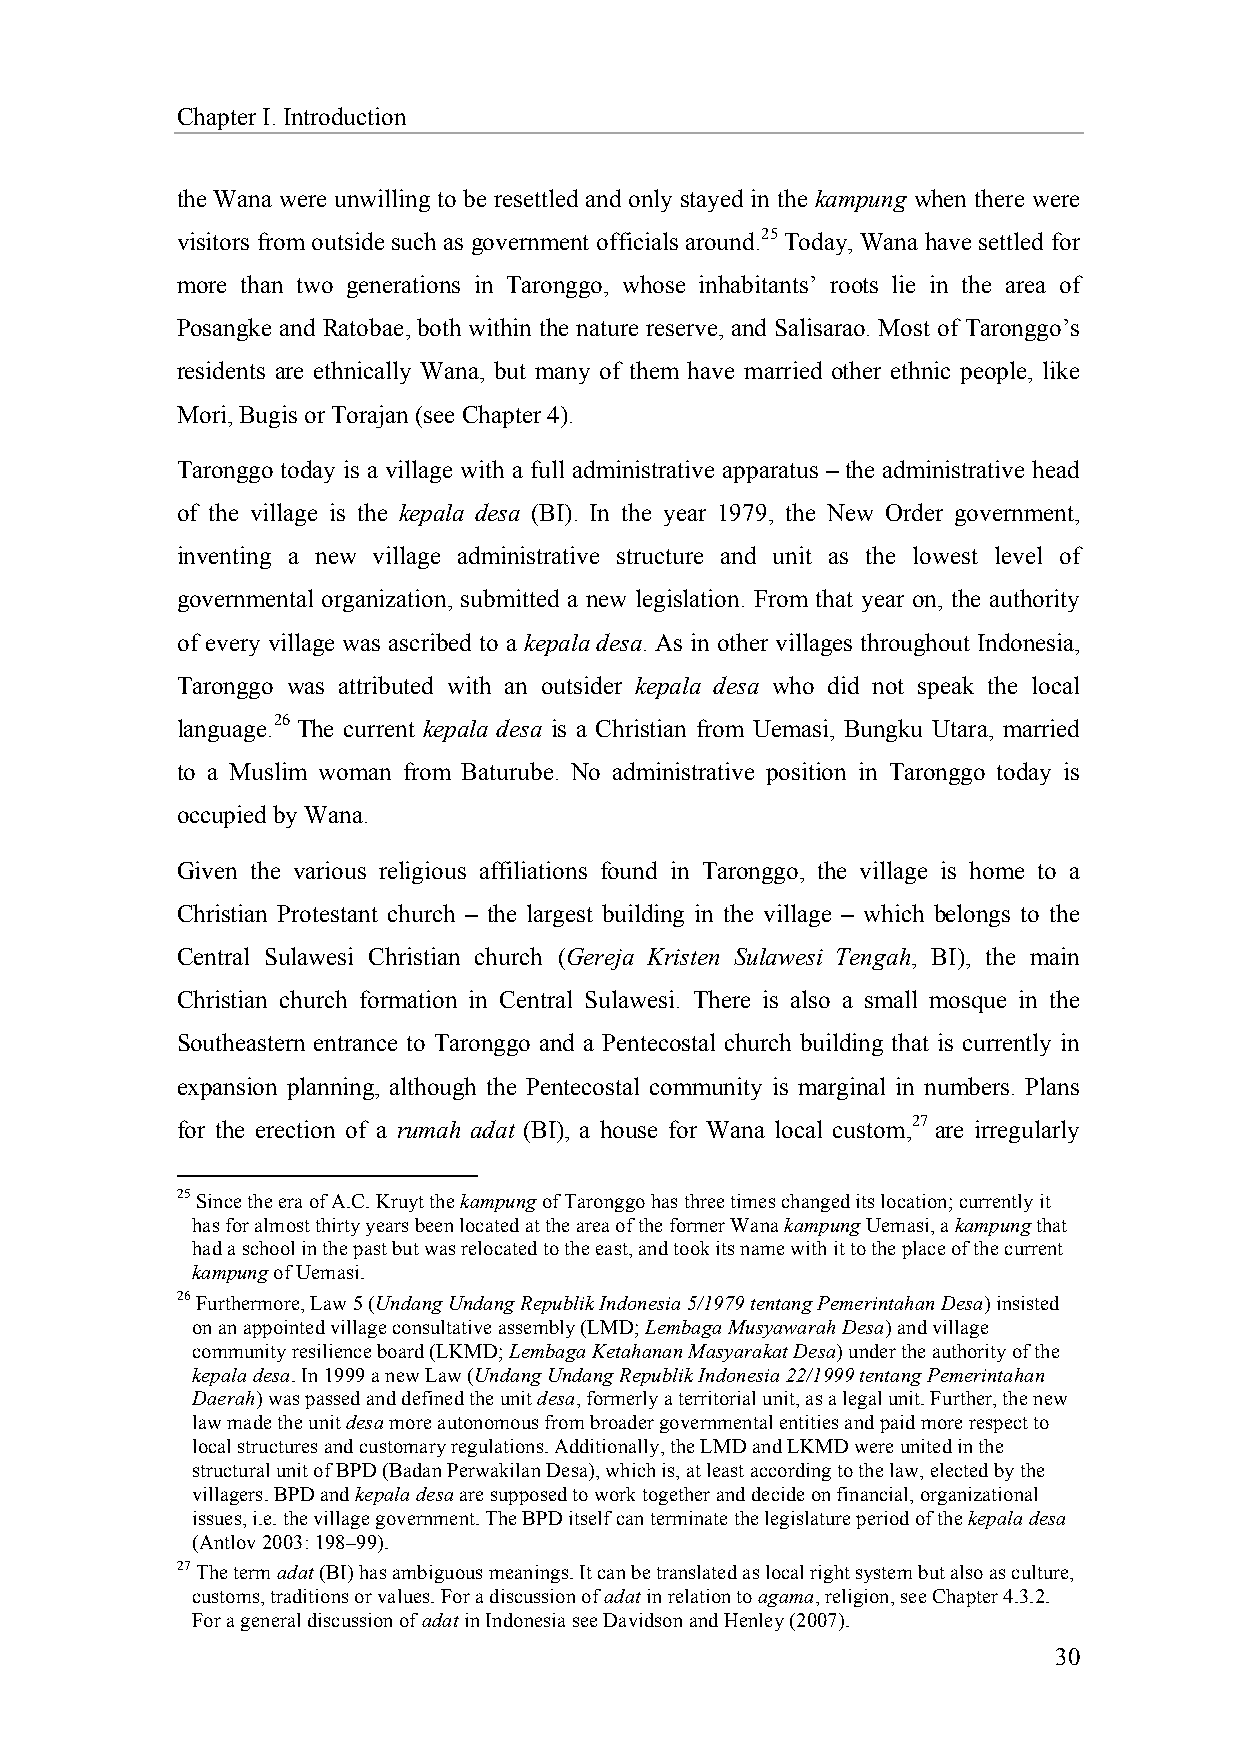
Chapter I. Introduction
 the Wana were unwilling to be resettled and only stayed in the kampung when there were
 visitors from outside such as government officials around.25 Today, Wana have settled for
 more than two generations in Taronggo, whose inhabitants’ roots lie in the area of
 Posangke and Ratobae, both within the nature reserve, and Salisarao. Most of Taronggo’s
 residents are ethnically Wana, but many of them have married other ethnic people, like
 Mori, Bugis or Torajan (see Chapter 4).
 Taronggo today is a village with a full administrative apparatus – the administrative head
 of the village is the kepala desa (BI). In the year 1979, the New Order government,
 inventing a new village administrative structure and unit as the lowest level of
 governmental organization, submitted a new legislation. From that year on, the authority
 of every village was ascribed to a kepala desa. As in other villages throughout Indonesia,
 Taronggo was attributed with an outsider kepala desa who did not speak the local
 language.26 The current kepala desa is a Christian from Uemasi, Bungku Utara, married
 to a Muslim woman from Baturube. No administrative position in Taronggo today is
 occupied by Wana.
 Given the various religious affiliations found in Taronggo, the village is home to a
 Christian Protestant church – the largest building in the village – which belongs to the
 Central Sulawesi Christian church (Gereja Kristen Sulawesi Tengah, BI), the main
 Christian church formation in Central Sulawesi. There is also a small mosque in the
 Southeastern entrance to Taronggo and a Pentecostal church building that is currently in
 expansion planning, although the Pentecostal community is marginal in numbers. Plans
 for the erection of a rumah adat (BI), a house for Wana local custom,27 are irregularly
 25 Since the era of A.C. Kruyt the kampung of Taronggo has three times changed its location; currently it
 has for almost thirty years been located at the area of the former Wana kampung Uemasi, a kampung that
 had a school in the past but was relocated to the east, and took its name with it to the place of the current
 kampung of Uemasi.
 26 Furthermore, Law 5 (Undang Undang Republik Indonesia 5/1979 tentang Pemerintahan Desa) insisted
 on an appointed village consultative assembly (LMD; Lembaga Musyawarah Desa) and village
 community resilience board (LKMD; Lembaga Ketahanan Masyarakat Desa) under the authority of the
 kepala desa. In 1999 a new Law (Undang Undang Republik Indonesia 22/1999 tentang Pemerintahan
 Daerah) was passed and defined the unit desa, formerly a territorial unit, as a legal unit. Further, the new
 law made the unit desa more autonomous from broader governmental entities and paid more respect to
 local structures and customary regulations. Additionally, the LMD and LKMD were united in the
 structural unit of BPD (Badan Perwakilan Desa), which is, at least according to the law, elected by the
 villagers. BPD and kepala desa are supposed to work together and decide on financial, organizational
 issues, i.e. the village government. The BPD itself can terminate the legislature period of the kepala desa
 (Antlov 2003: 198–99).
 27 The term adat (BI) has ambiguous meanings. It can be translated as local right system but also as culture,
 customs, traditions or values. For a discussion of adat in relation to agama, religion, see Chapter 4.3.2.
 For a general discussion of adat in Indonesia see Davidson and Henley (2007).
 30